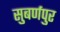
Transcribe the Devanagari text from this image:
सुबर्णपुर